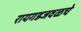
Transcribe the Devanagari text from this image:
रायगडजवळचे